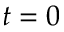
t = 0